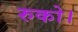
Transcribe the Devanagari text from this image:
रुको।